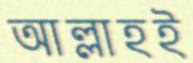
আল্লাহই